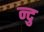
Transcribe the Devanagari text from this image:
न्दु